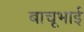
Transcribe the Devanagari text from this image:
बाचूभाई